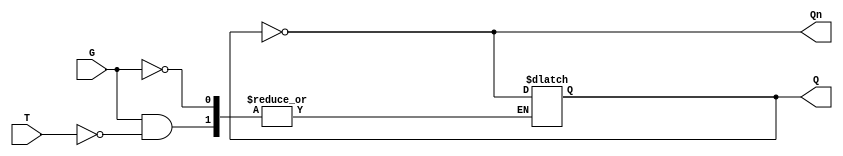
module GatedT_Latch (
    input wire T,    // Toggle Input
    input wire G,    // Gate Signal
    output reg Q,    // Output Q
    output wire Qn   // Output Q' (not Q)
);

    assign Qn = ~Q; // Complement of Q

    always @(*) begin
        if (G) begin
            if (T) 
                Q <= ~Q; // Toggle Q when G is high and T is high
            // If T is low, Q remains unchanged
        end
        // If G is low, Q remains unchanged regardless of T
    end

endmodule